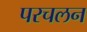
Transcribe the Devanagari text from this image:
परचलन